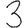
Digit: 3